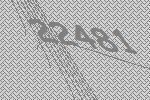
22481